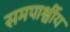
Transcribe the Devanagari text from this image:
समपार्श्वीय